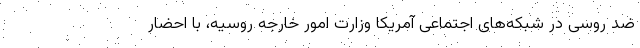
ضد روسی در شبکه‌های اجتماعی آمریکا وزارت امور خارجه روسیه، با احضار